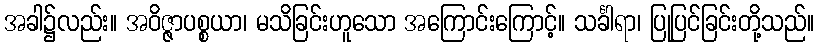
အခါ၌လည်း။ အဝိဇ္ဇာပစ္စယာ၊ မသိခြင်းဟူသော အကြောင်းကြောင့်။ သင်္ခါရာ၊ ပြုပြင်ခြင်းတို့သည်။